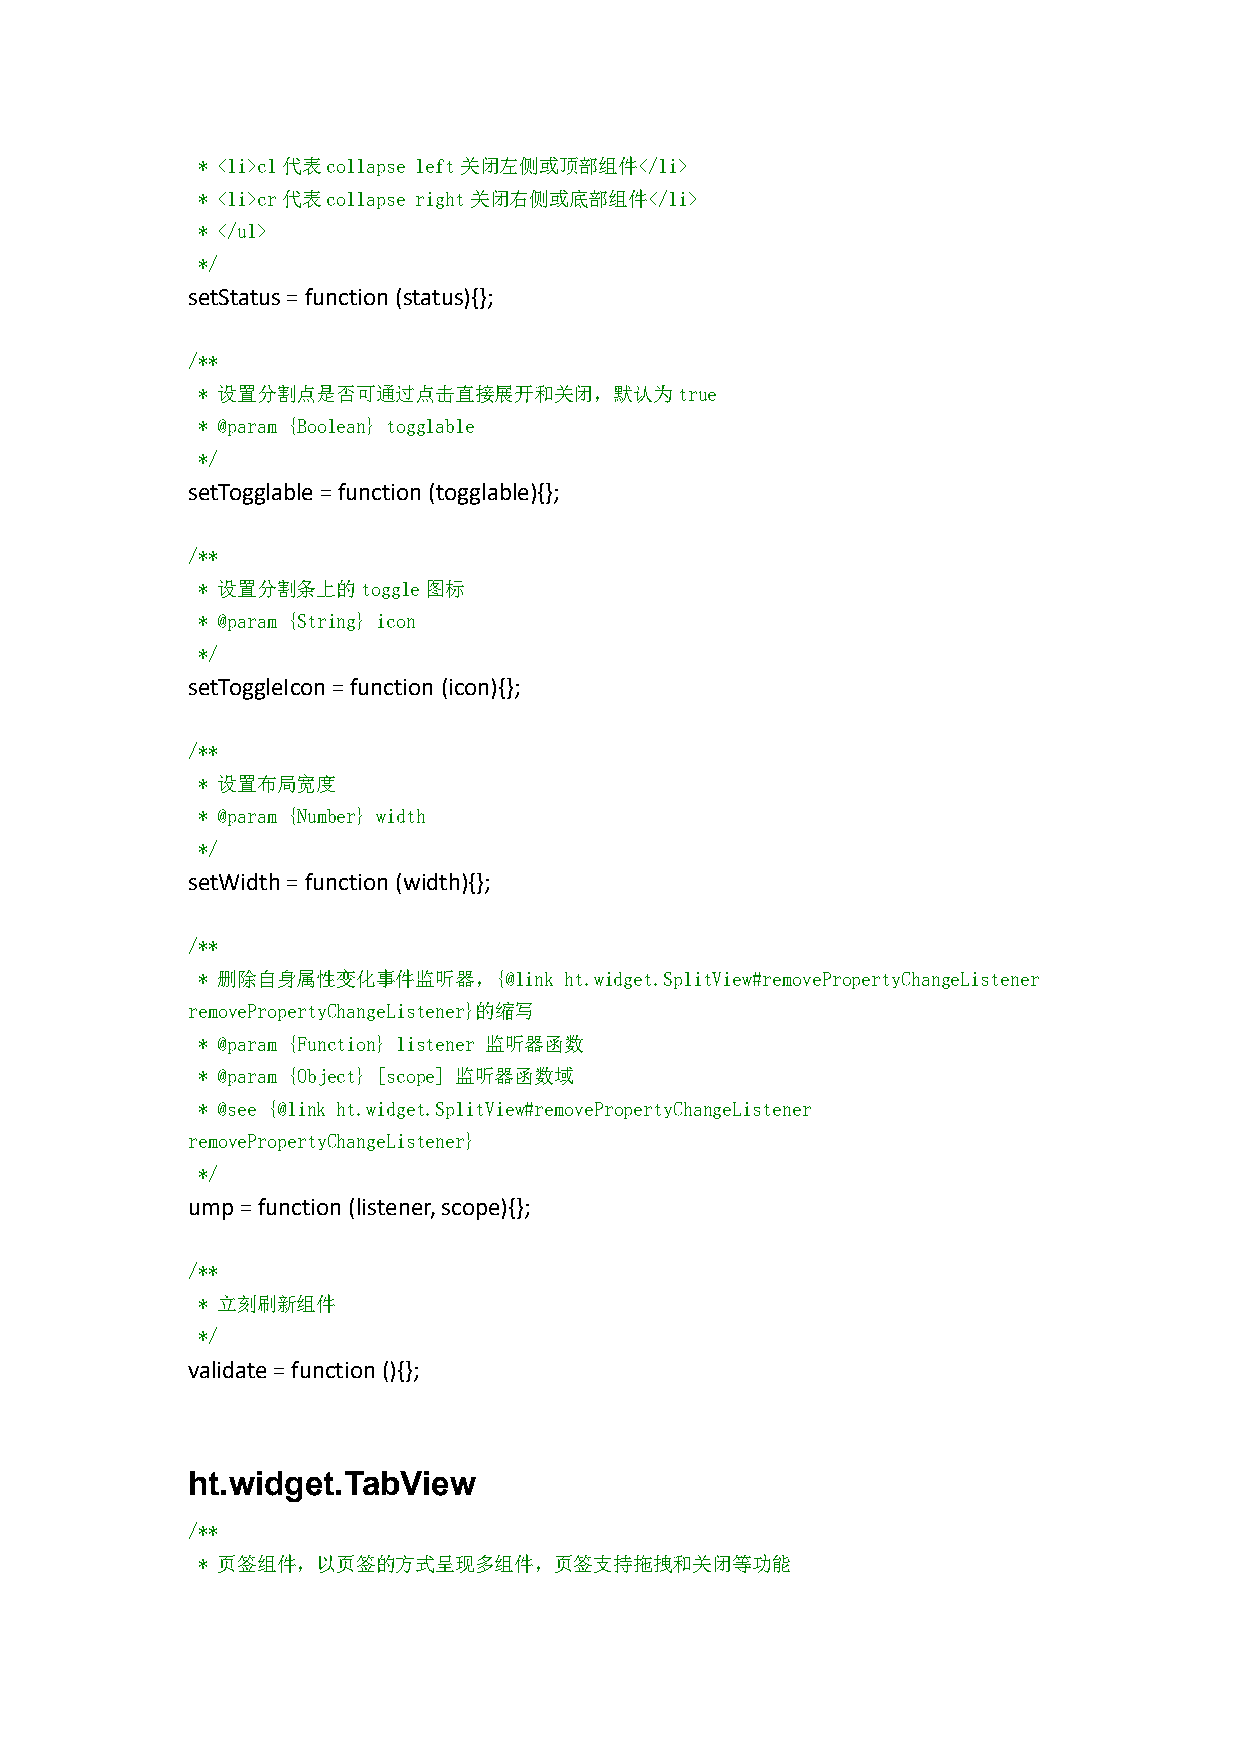
* <li>cl代表collapse left关闭左侧或顶部组件</li>
 * <li>cr代表collapse right关闭右侧或底部组件</li>
 * </ul>
 */
 setStatus=function(status){};
 /**
 * 设置分割点是否可通过点击直接展开和关闭，默认为true
 * @param {Boolean} togglable
 */
 setTogglable=function(togglable){};
 /**
 * 设置分割条上的toggle图标
 * @param {String} icon
 */
 setToggleIcon=function (icon){};
 /**
 * 设置布局宽度
 * @param {Number} width
 */
 setWidth=function(width){};
 /**
 * 删除自身属性变化事件监听器，{@link  ht.widget.SplitView#removePropertyChangeListener
 removePropertyChangeListener}的缩写
 * @param {Function} listener 监听器函数
 * @param {Object} [scope] 监听器函数域
 * @see {@link ht.widget.SplitView#removePropertyChangeListener
 removePropertyChangeListener}
 */
 ump=function(listener,scope){};
 /**
 * 立刻刷新组件
 */
 validate=function(){};
 ht.widget.TabView
 /**
 * 页签组件，以页签的方式呈现多组件，页签支持拖拽和关闭等功能